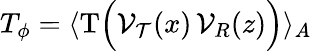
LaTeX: T_{\phi}=\langle\mathrm{T}\Big({\cal V}_{\cal T}(x)\, {\cal V}_{R}(z)\Big)\rangle_{A}